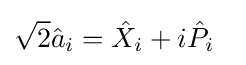
{\sqrt {2}}{\hat {a}}_{i}={\hat {X}}_{i}+i{\hat {P}}_{i}~~